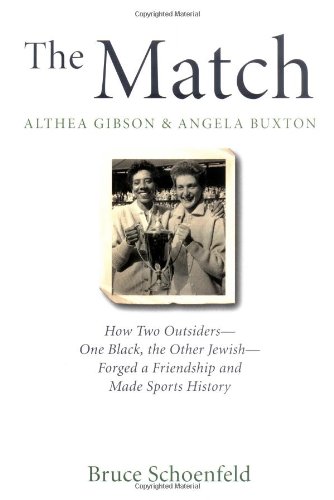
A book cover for The Match: Althea Gibson & Angela Buxton: How Two Outsiders--One Black, the Other Jewish--Forged a Friendship and Made Sports History; Bruce Schoenfeld; Sports & Outdoors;